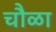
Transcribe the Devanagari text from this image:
चौळा